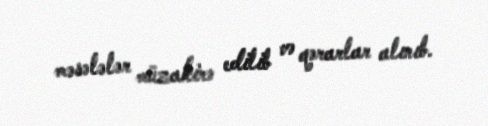
məsələlər müzakirə edilib və qərarlar alınıb.